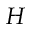
H